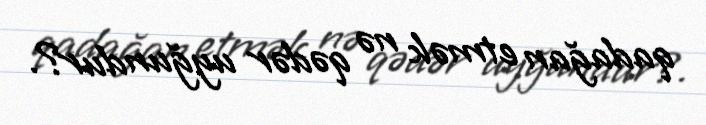
qadağan etmək nə qədər uyğundur?.